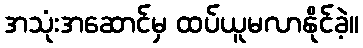
အသုံးအဆောင်မှ ထပ်ယူမလာနိုင်ခဲ့။